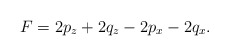
\begin{align*}~F = 2p_z + 2q_z - 2p_x - 2q_x.\end{align*}